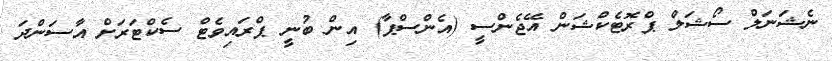
ނެޝަނަލް ސޯޝަލް ޕްރޮޓެކްޝަން އޭޖެންސީ (އެންސްޕާ) އިން ބުނީ ޕްރައިވެޓް ސެކްޓަރަށް އާސަންދަ